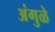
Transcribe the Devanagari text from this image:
अंगुळे